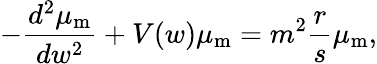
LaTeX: -\frac{d^{2}\mu_{\mathrm{m}}}{dw^{2}}+V(w)\mu_{\mathrm{m}}=m^{2}\frac{r}{s}\mu_{\mathrm{m}},